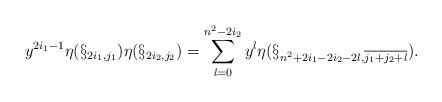
\begin{align*}y^{2i_{1}-1}\eta(\S_{2i_{1},j_{1}})\eta(\S_{2i_{2},j_{2}})=\sum_{l=0}^{n^2-2i_{2}}y^{l}\eta(\S_{n^{2}+2i_{1}-2i_{2}-2l,\overline{j_{1}+j_{2}+l}}).\end{align*}